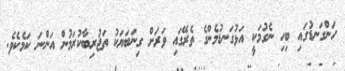
ހަންގަނޑުގައި ބިހި ނެގުމަކީ އަޅުގަނޑުމެންގެ ތެރޭގައި ވަރަށް ގިނަބަޔަކު ތަޖުރިބާކުރަމުން އަންނަ ކަމެކެވެ.